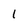
Character: 1